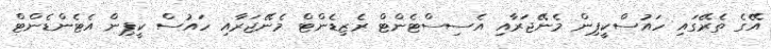
އޭގެ ތެރޭގައި ހައުސްކީޕިން މެނޭޖަރާއި އެސިސްޓެންޓް ރެޒިޑެންޓް މެނޭޖަރާއި ހައުސް ކީޕިން އެޓެންޑެންޓް